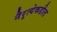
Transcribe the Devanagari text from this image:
नैरृत्येकडील